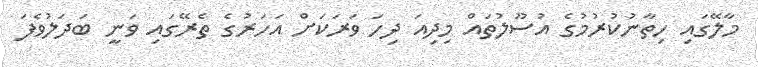
މާލޭގައި ހިތާނުކުރުމުގެ އުސޫލުތައް މިދިއަ ދިހަ ވަރަކަށް އަހަރުގެ ތެރޭގައި ވަނީ ބަދަލުވެފަ